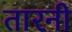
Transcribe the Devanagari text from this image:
तारनी